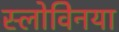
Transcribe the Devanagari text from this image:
स्लोवेिनया